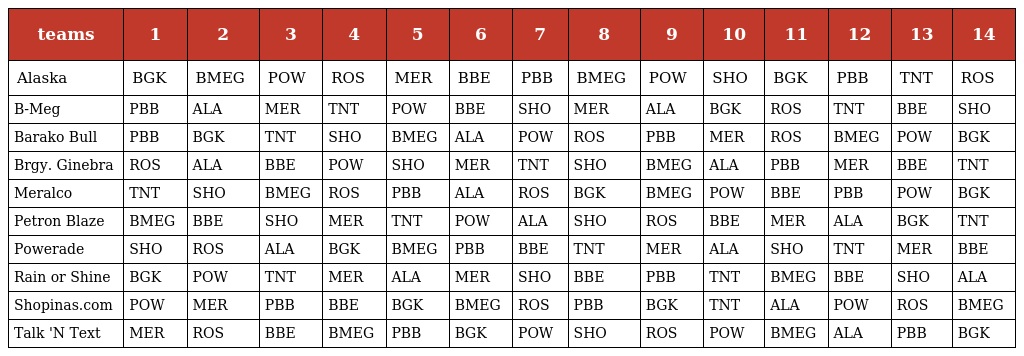
| teams | 1 | 2 | 3 | 4 | 5 | 6 | 7 | 8 | 9 | 10 | 11 | 12 | 13 | 14 |
 | --- | --- | --- | --- | --- | --- | --- | --- | --- | --- | --- | --- | --- | --- | --- |
 | Alaska | BGK | BMEG | POW | ROS | MER | BBE | PBB | BMEG | POW | SHO | BGK | PBB | TNT | ROS |
 | B-Meg | PBB | ALA | MER | TNT | POW | BBE | SHO | MER | ALA | BGK | ROS | TNT | BBE | SHO |
 | Barako Bull | PBB | BGK | TNT | SHO | BMEG | ALA | POW | ROS | PBB | MER | ROS | BMEG | POW | BGK |
 | Brgy. Ginebra | ROS | ALA | BBE | POW | SHO | MER | TNT | SHO | BMEG | ALA | PBB | MER | BBE | TNT |
 | Meralco | TNT | SHO | BMEG | ROS | PBB | ALA | ROS | BGK | BMEG | POW | BBE | PBB | POW | BGK |
 | Petron Blaze | BMEG | BBE | SHO | MER | TNT | POW | ALA | SHO | ROS | BBE | MER | ALA | BGK | TNT |
 | Powerade | SHO | ROS | ALA | BGK | BMEG | PBB | BBE | TNT | MER | ALA | SHO | TNT | MER | BBE |
 | Rain or Shine | BGK | POW | TNT | MER | ALA | MER | SHO | BBE | PBB | TNT | BMEG | BBE | SHO | ALA |
 | Shopinas.com | POW | MER | PBB | BBE | BGK | BMEG | ROS | PBB | BGK | TNT | ALA | POW | ROS | BMEG |
 | Talk 'N Text | MER | ROS | BBE | BMEG | PBB | BGK | POW | SHO | ROS | POW | BMEG | ALA | PBB | BGK |